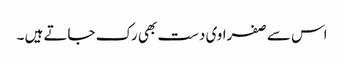
اس سے صفراوی دست بھی رک جاتے ہیں ۔